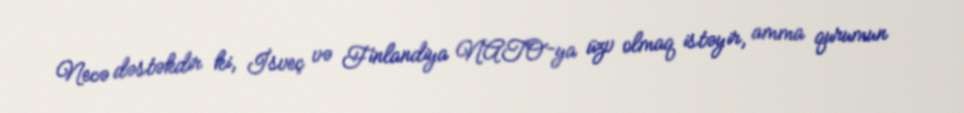
Necə dəstəkdir ki, İsveç və Finlandiya NATO-ya üzv olmaq istəyir, amma qurumun